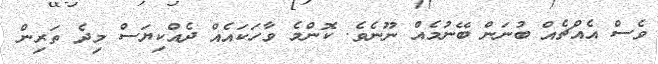
ވެސް އެއްޗެއް ބުނަން ބޭނުމެއް ނޫނެވެ. ކޮންމެ ވާހަކައެއް ދެއްކިޔަސް މިދެ ތަރިން